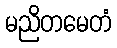
မညိတမေတံ